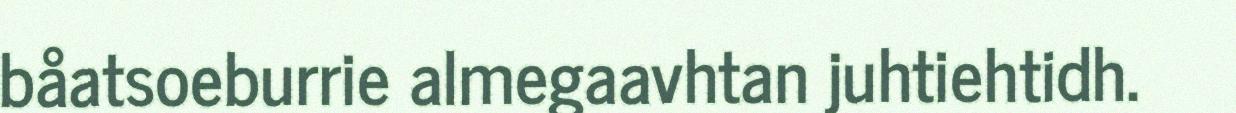
båatsoeburrie almegaavhtan juhtiehtidh.